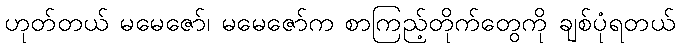
ဟုတ်တယ် မမေဇော်၊ မမေဇော်က စာကြည့်တိုက်တွေကို ချစ်ပုံရတယ်